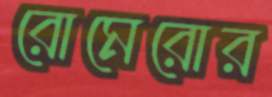
রোমেরোর